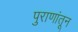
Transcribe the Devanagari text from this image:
पुराणांतून